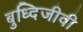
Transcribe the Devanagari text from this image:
बुध्दिजीवी